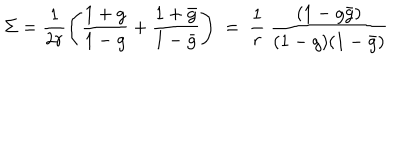
\Sigma = \frac { 1 } { 2 r } \Biggl ( \frac { 1 + g } { 1 - g } + \frac { 1 + \bar { g } } { 1 - \bar { g } } \Biggr ) \ = \ \frac { 1 } { r } \ \frac { ( 1 - g \bar { g } ) } { ( 1 - g ) ( 1 - \bar { g } ) }